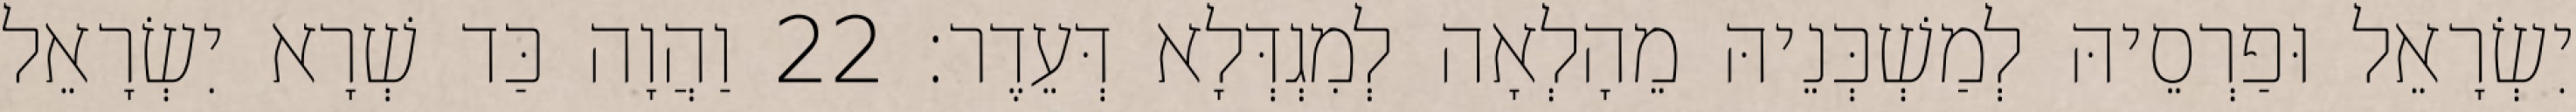
יִשְׂרָאֵל וּפַרְסֵיהּ לְמַשְׁכְּנֵיהּ מֵהָלְאָה לְמִגְדְּלָא דְּעֵדֶר׃ 22 וַהֲוָה כַּד שְׁרָא יִשְׂרָאֵל